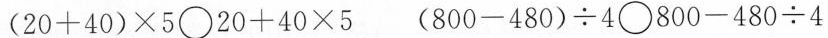
$$(20+40)\times5\bigcirc 20+40\times 5$$ $$(800-480)\div 4\bigcirc 800-480\div4$$